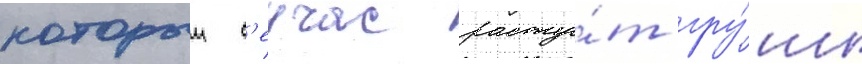
которыи с'еичас расту́т гру́ши